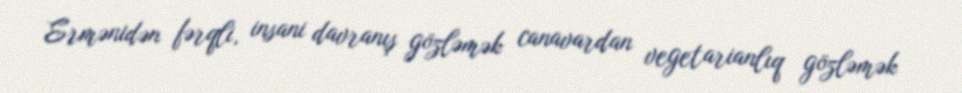
Ermənidən fərqli, insani davranış gözləmək canavardan vegetarianlıq gözləmək